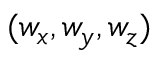
( w _ { x } , w _ { y } , w _ { z } )